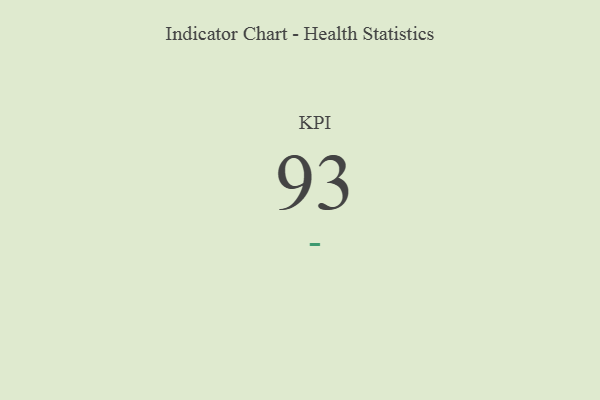
{"axis": {"x": "KPI", "y": "Value"}, "legend": [""], "data": [{"x": "KPI", "y": 93, "type": ""}]}